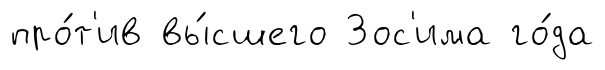
про́т'ив вы́сшего Зос'има го́да